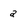
Character: a